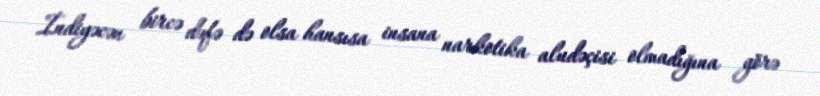
İndiyəcən bircə dəfə də olsa hansısa insana narkotika aludəçisi olmadığına görə